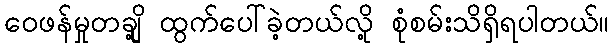
ဝေဖန်မှုတချို့ ထွက်ပေါ်ခဲ့တယ်လို့ စုံစမ်းသိရှိရပါတယ်။